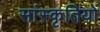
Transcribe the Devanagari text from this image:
सांस्कृतियों